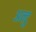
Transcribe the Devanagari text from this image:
अन्टु